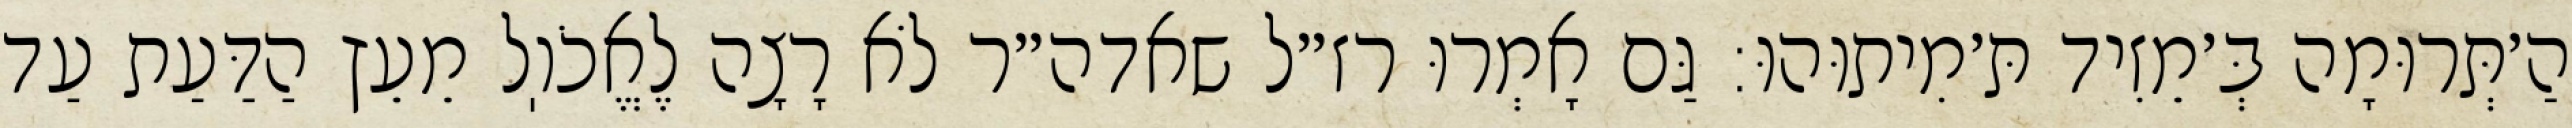
הַ׳תְּרוּמָה בְּ׳מֵזִיד תּ׳מִיתוּהוּ: גַּם אָמְרוּ רז״ל שאדה״ר לֹא רָצָה לֶאֱכֹוֽל מֵעֵץ הַדַּעַת עַד